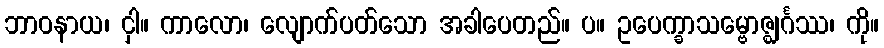
ဘာဝနာယ၊ ငှါ။ ကာလော၊ လျောက်ပတ်သော အခါပေတည်။ ပ။ ဥပေက္ခာသမ္ဗောဇ္ဈင်္ဂဿ၊ ကို။